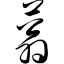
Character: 蓊